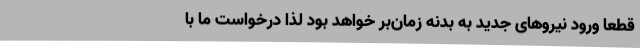
قطعاً ورود نیروهای جدید به بدنه زمان‌بر خواهد بود لذا درخواست ما با